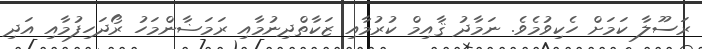
ރަސޫލާ ކަމަށް ހެކިވުމެވެ. ނަމާދު ޤާއިމް ކުރުމާއި ޒަކާތްދިނުމާއި ރަމަޟާންމަހު ރޯދަހިފުމާއި އަދި